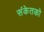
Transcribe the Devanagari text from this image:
संकेतको